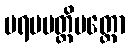
ပရမပတ္တိပတ္တော